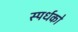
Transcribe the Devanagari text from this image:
स्पर्धको